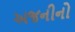
અજનીનો